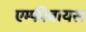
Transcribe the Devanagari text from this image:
एम्फीबायस